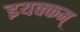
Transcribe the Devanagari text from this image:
इयक्कम्